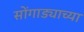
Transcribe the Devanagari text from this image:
सोंगाड्याच्या